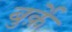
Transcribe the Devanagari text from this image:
बुर्क़े